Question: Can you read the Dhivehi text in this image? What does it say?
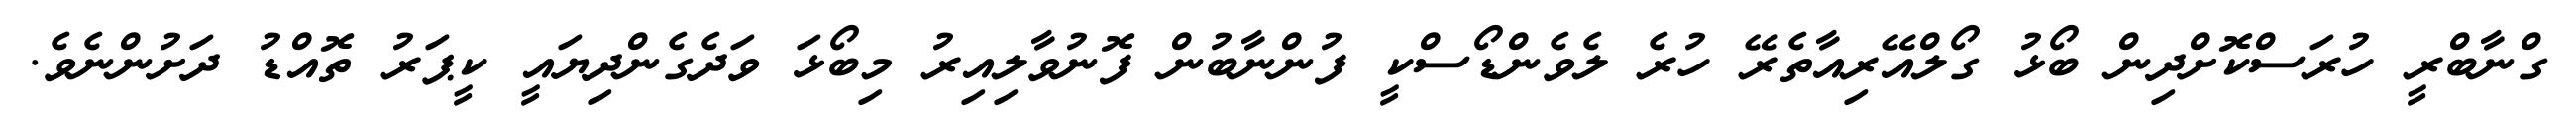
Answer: ގްނާބްރީ ހުރަސްކޮށްދިން ބޯޅު ގޯލްއޭރިއާތެރޭ ހުރެ ލެވެންޑޯސްކީ ފުންނާބުން ފޮނުވާލިއިރު މިބޯޅަ ވަދެގެންދިޔައީ ކީޕަރު ތޮއްޑު ދަށުންނެވެ.